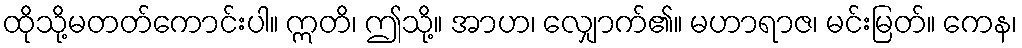
ထိုသို့မတတ်ကောင်းပါ။ ဣတိ၊ ဤသို့။ အာဟ၊ လျှောက်၏။ မဟာရာဇ၊ မင်းမြတ်။ ကေန၊